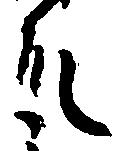
殿